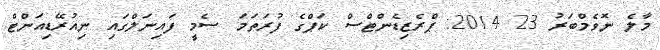
މާލެ ނޮވެމްބަރު 23 2014: ޕްރެޒިޑެންޓްސް ކަޕްގެ ފުރަތަމަ ސެމީ ފައިނަލްގައި ނިއުރޭޑިއަންޓް